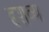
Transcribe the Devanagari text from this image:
दृशव्य